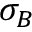
\sigma _ { B }